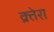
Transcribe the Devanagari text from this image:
क्र्तेरा